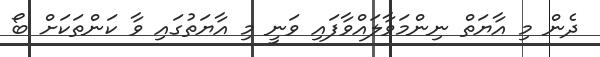
ދެން މި އާޔަތް ނިންމަވާލައްވާފައި ވަނީ މި އާޔަތުގައި ވާ ކަންތަކަށް ބޯ